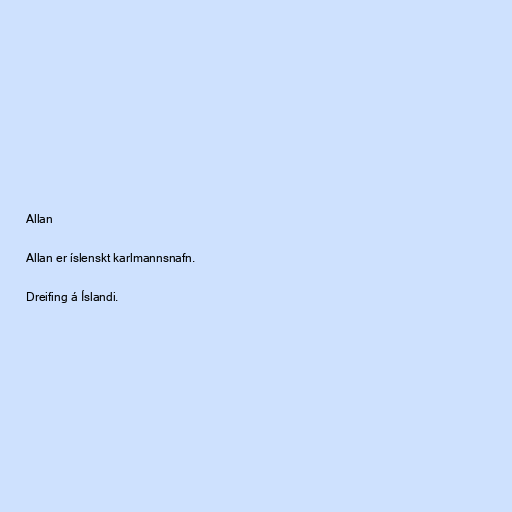
Allan

Allan er íslenskt karlmannsnafn.

Dreifing á Íslandi.